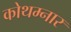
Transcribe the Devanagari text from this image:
कोथम्नार